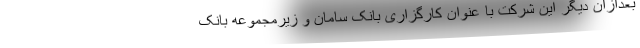
بعدازآن دیگر این شرکت با عنوان کارگزاری بانک سامان و زیرمجموعه بانک